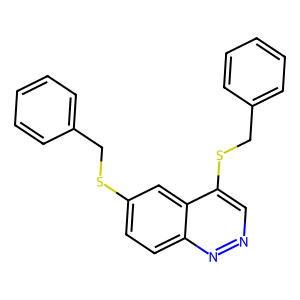
SMILES: c1ccc(CSc2ccc3nncc(SCc4ccccc4)c3c2)cc1
Inhibits HIV replication: No